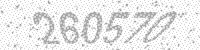
Solution: 260570